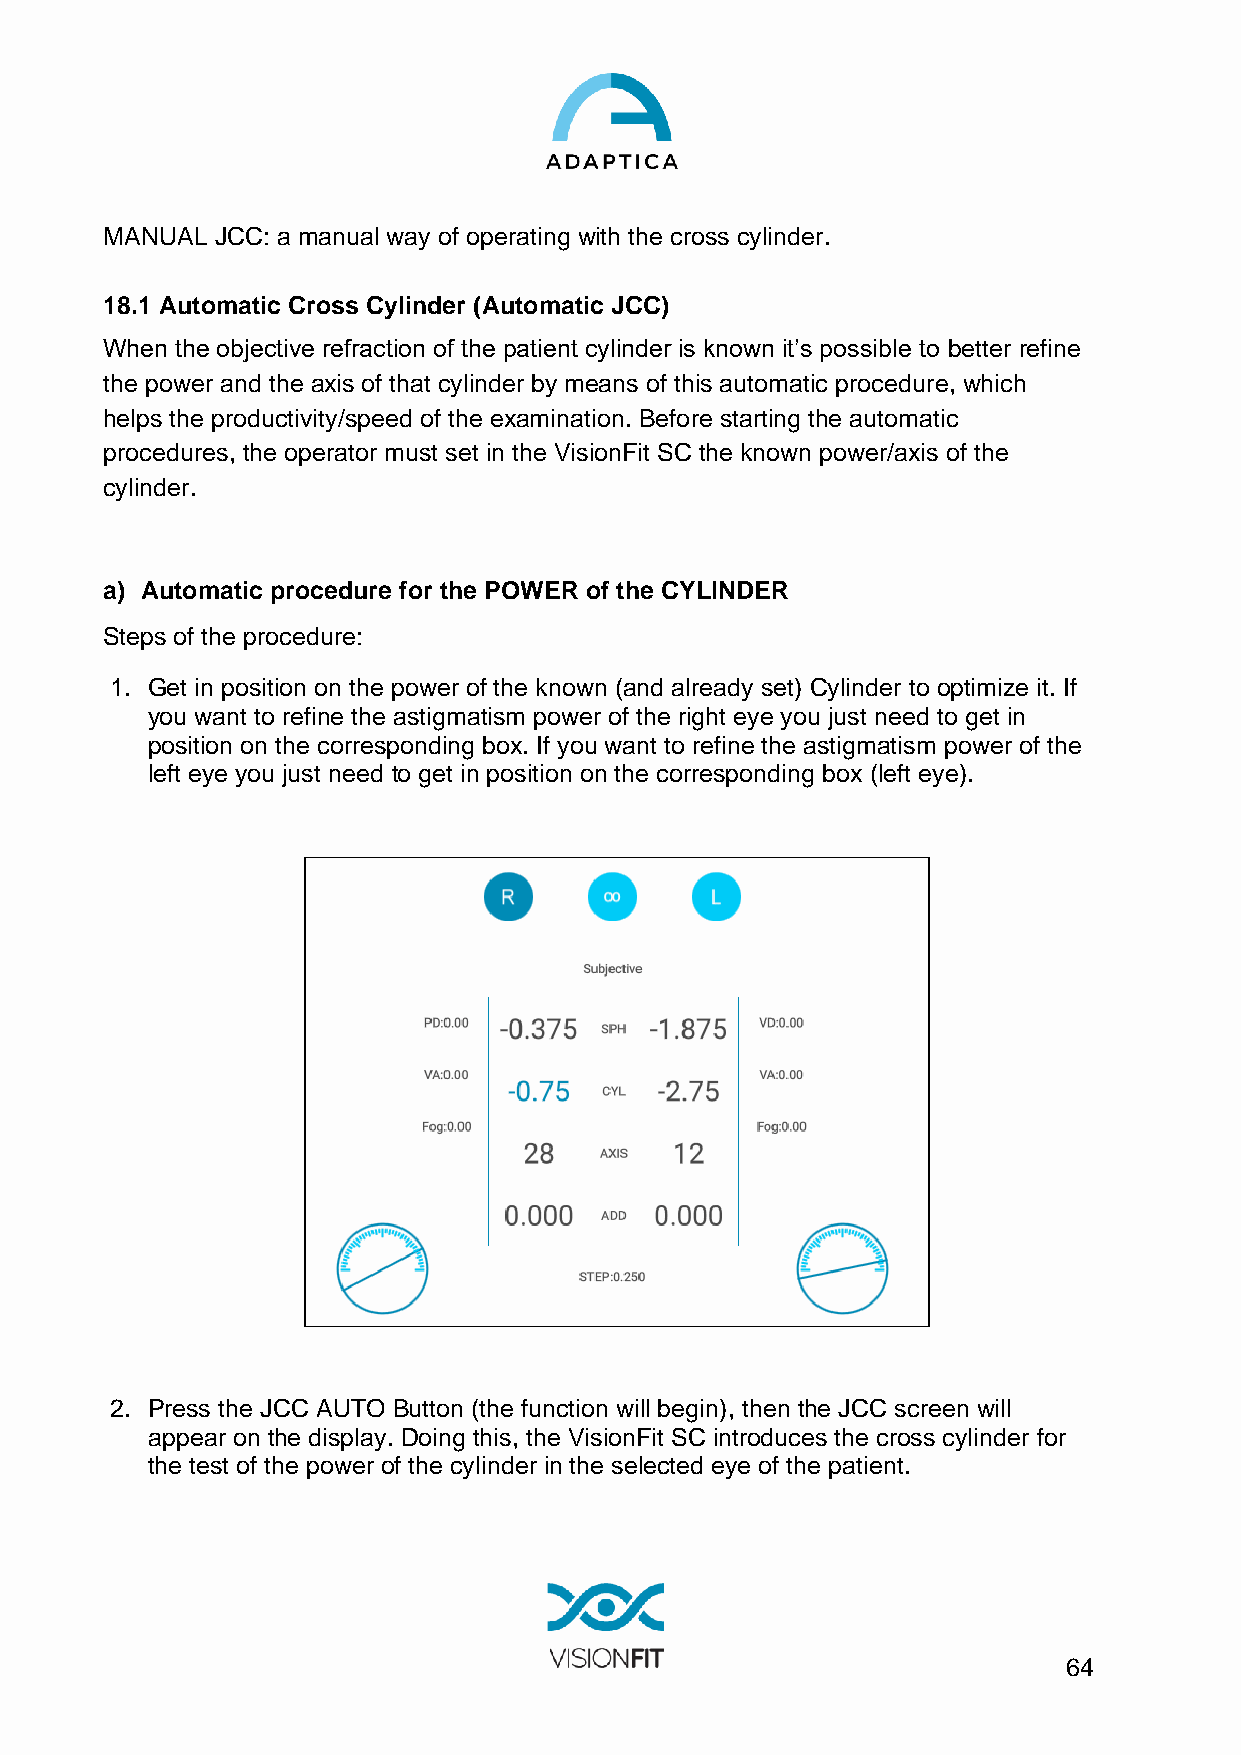
MANUAL JCC: a manual way of operating with the cross cylinder.
 18.1 Automatic Cross Cylinder (Automatic JCC)
 When the objective refraction of the patient cylinder is known it’s possible to better refine
 the power and the axis of that cylinder by means of this automatic procedure, which
 helps the productivity/speed of the examination. Before starting the automatic
 procedures, the operator must set in the VisionFit SC the known power/axis of the
 cylinder.
 a) Automatic procedure for the POWER of the CYLINDER
 Steps of the procedure:
 1. Get in position on the power of the known (and already set) Cylinder to optimize it. If
 you want to refine the astigmatism power of the right eye you just need to get in
 position on the corresponding box. If you want to refine the astigmatism power of the
 left eye you just need to get in position on the corresponding box (left eye).
 2. Press the JCC AUTO Button (the function will begin), then the JCC screen will
 appear on the display. Doing this, the VisionFit SC introduces the cross cylinder for
 the test of the power of the cylinder in the selected eye of the patient.
 64